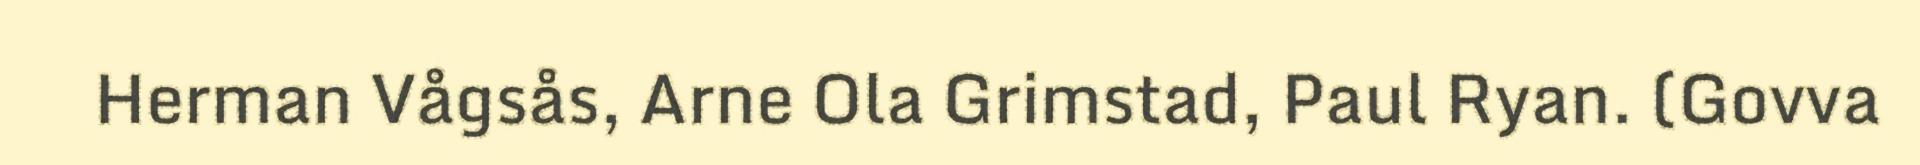
Herman Vågsås, Arne Ola Grimstad, Paul Ryan. (Govva